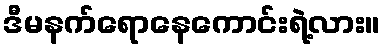
ဒီမနက်ရောနေကောင်းရဲ့လား။